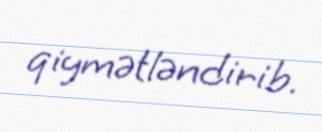
qiymətləndirib.